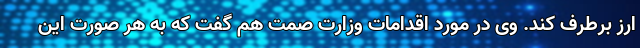
ارز برطرف کند. وی در مورد اقدامات وزارت صمت هم گفت که به هر صورت این